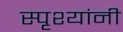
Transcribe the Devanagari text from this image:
स्पृश्यांनी